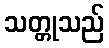
သတ္တုသည်